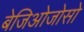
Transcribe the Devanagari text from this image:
बेजिओजोसो